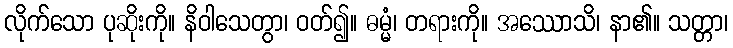
လိုက်သော ပုဆိုးကို။ နိဝါသေတွာ၊ ဝတ်၍။ ဓမ္မံ၊ တရားကို။ အဿောသိ၊ နာ၏။ သတ္တာ၊